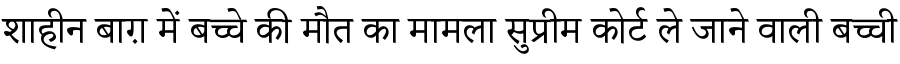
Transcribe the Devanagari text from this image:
शाहीन बाग़ में बच्चे की मौत का मामला सुप्रीम कोर्ट ले जाने वाली बच्ची